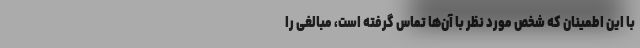
با این اطمینان که شخص مورد نظر با آن‌ها تماس گرفته است، مبالغی را